Scottish Leaving Certificate Examination, 1956
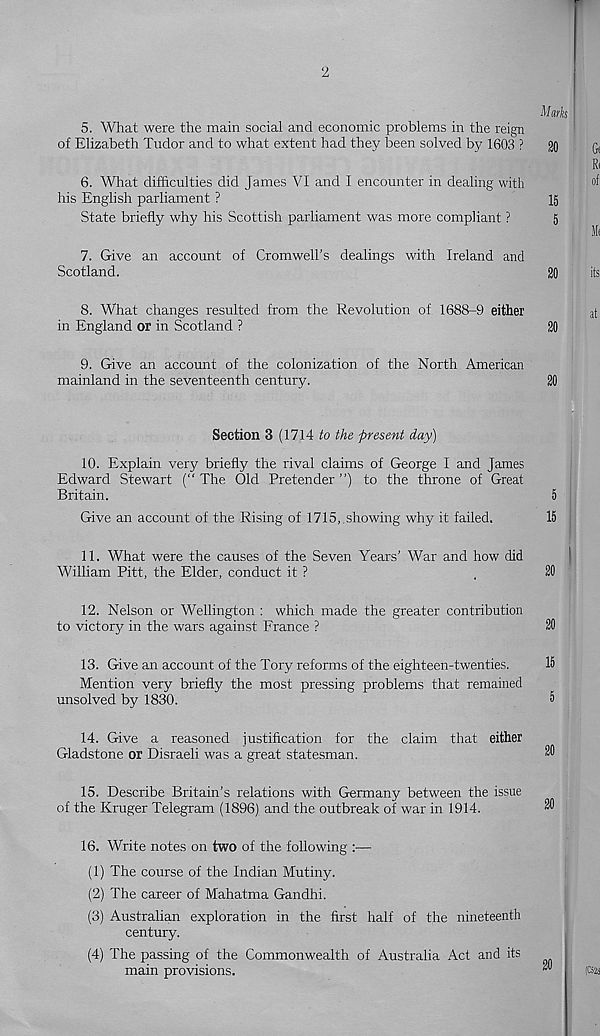
2
Marks
5. What were the main social and economic problems in the reign
of Elizabeth Tudor and to what extent had they been solved by 1603 ?
20
6. What difficulties did James VI and I encounter in dealing with
his English parliament ?
15
State briefly why his Scottish parliament was more compliant ?
5
7. Give an account of Cromwell’s dealings with Ireland and
Scotland.
20
8. What changes resulted from the Revolution of 1688-9 either
in England or in Scotland ?
20
9. Give an account of the colonization of the North American
mainland in the seventeenth century.
20
Section 3 (1714 to the present day)
10. Explain very briefly the rival claims of George I and James
Edward Stewart (“ The Old Pretender ”) to the throne of Great
Britain.
5
Give an account of the Rising of 1715,.showing why it failed.
15
11. What were the causes of the Seven Years’ War and how did
William Pitt, the Elder, conduct it ?
,
20
12. Nelson or Wellington : which made the greater contribution
to victory in the wars against France ?
20
13. Give an account of the Tory reforms of the eighteen-twenties.
15
Mention very briefly the most pressing problems that remained
unsolved by 1830.
5
14. Give a reasoned justification for the claim that either
Gladstone or Disraeli was a great statesman.
15. Describe Britain’s relations with Germany between the issue
of the Kruger Telegram (1896) and the outbreak of war in 1914.
16. Write notes on two of the following :—
(1) The course of the Indian Mutiny.
(2) The career of Mahatma Gandhi.
(3) Australian exploration in the first half of the nineteenth
century.
(4) The passing of the Commonwealth of Australia Act and its
main provisions.